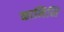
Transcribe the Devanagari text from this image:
कामिनि